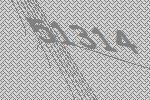
51314